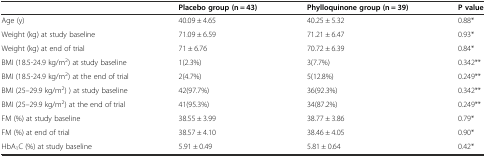
<table><thead><tr><td></td><td><b>Placebo group (n = 43)</b></td><td><b>Phylloquinone group (n = 39)</b></td><td><b>P value</b></td></tr></thead><tbody><tr><td>Age (y)</td><td>40.09 ± 4.65</td><td>40.25 ± 5.32</td><td>0.88*</td></tr><tr><td>Weight (kg) at study baseline</td><td>71.09 ± 6.59</td><td>71.21 ± 6.47</td><td>0.93*</td></tr><tr><td>Weight (kg) at end of trial</td><td>71 ± 6.76</td><td>70.72 ± 6.39</td><td>0.84*</td></tr><tr><td>BMI (18.5-24.9 kg/m<sup>2</sup>) at study baseline</td><td>1(2.3%)</td><td>3(7.7%)</td><td>0.342**</td></tr><tr><td>BMI (18.5-24.9 kg/m<sup>2</sup>) at the end of trial</td><td>2(4.7%)</td><td>5(12.8%)</td><td>0.249**</td></tr><tr><td>BMI (25–29.9 kg/m<sup>2</sup>) ) at study baseline</td><td>42(97.7%)</td><td>36(92.3%)</td><td>0.342**</td></tr><tr><td>BMI (25–29.9 kg/m<sup>2</sup>) at the end of trial</td><td>41(95.3%)</td><td>34(87.2%)</td><td>0.249**</td></tr><tr><td>FM (%) at study baseline</td><td>38.55 ± 3.99</td><td>38.77 ± 3.86</td><td>0.79*</td></tr><tr><td>FM (%) at end of trial</td><td>38.57 ± 4.10</td><td>38.46 ± 4.05</td><td>0.90*</td></tr><tr><td>HbA<sub>1</sub>C (%) at study baseline</td><td>5.91 ± 0.49</td><td>5.81 ± 0.64</td><td>0.42*</td></tr></tbody></table>